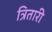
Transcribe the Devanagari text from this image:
त्रितारी